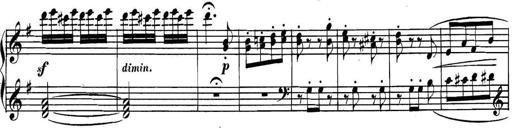
Title: Collected Piano Sonatas
Composer: Muzio Clementi